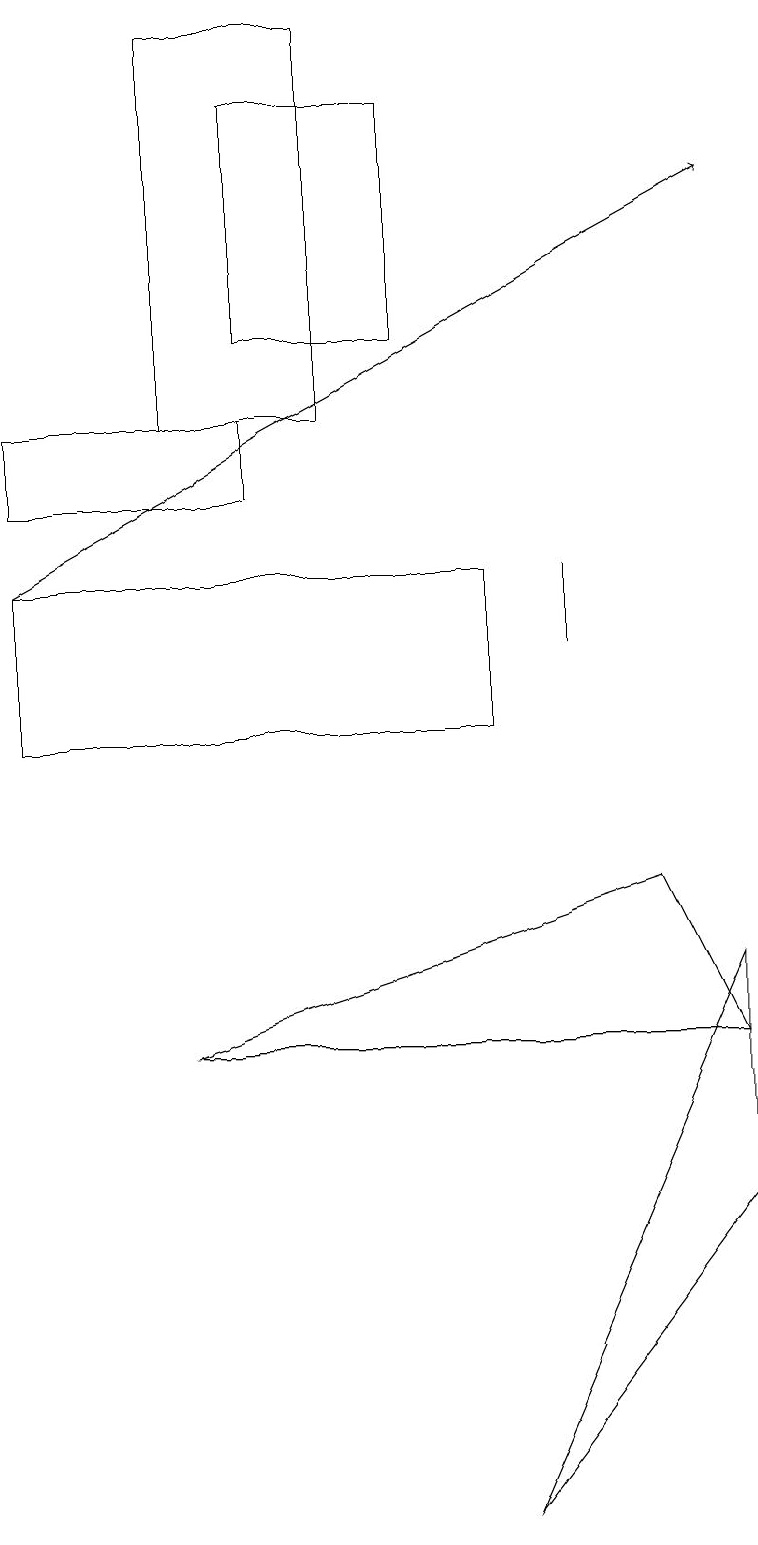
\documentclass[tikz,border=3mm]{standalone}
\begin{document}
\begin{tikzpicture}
\draw (2,14) rectangle (4,19);
\draw (7,11) rectangle (7,12);
\draw (8,8) -- (2,6) -- (9,6) -- cycle;
\draw (6,0) -- (9,4) -- (9,7) -- cycle;
\draw (5,18) rectangle (3,15);
\draw[->] (0,12) -- (9,17);
\draw (0,13) rectangle (3,14);
\draw (6,10) rectangle (0,12);
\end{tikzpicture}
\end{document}